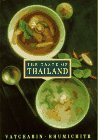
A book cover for The Taste of Thailand; Vatcharin Bhumichitr; Cookbooks, Food & Wine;